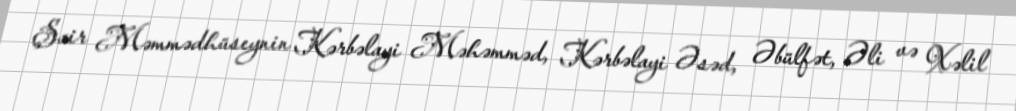
Şair Məmmədhüseynin Kərbəlayi Məhəmməd, Kərbəlayi Əsəd, Əbülfət, Əli və Xəlil